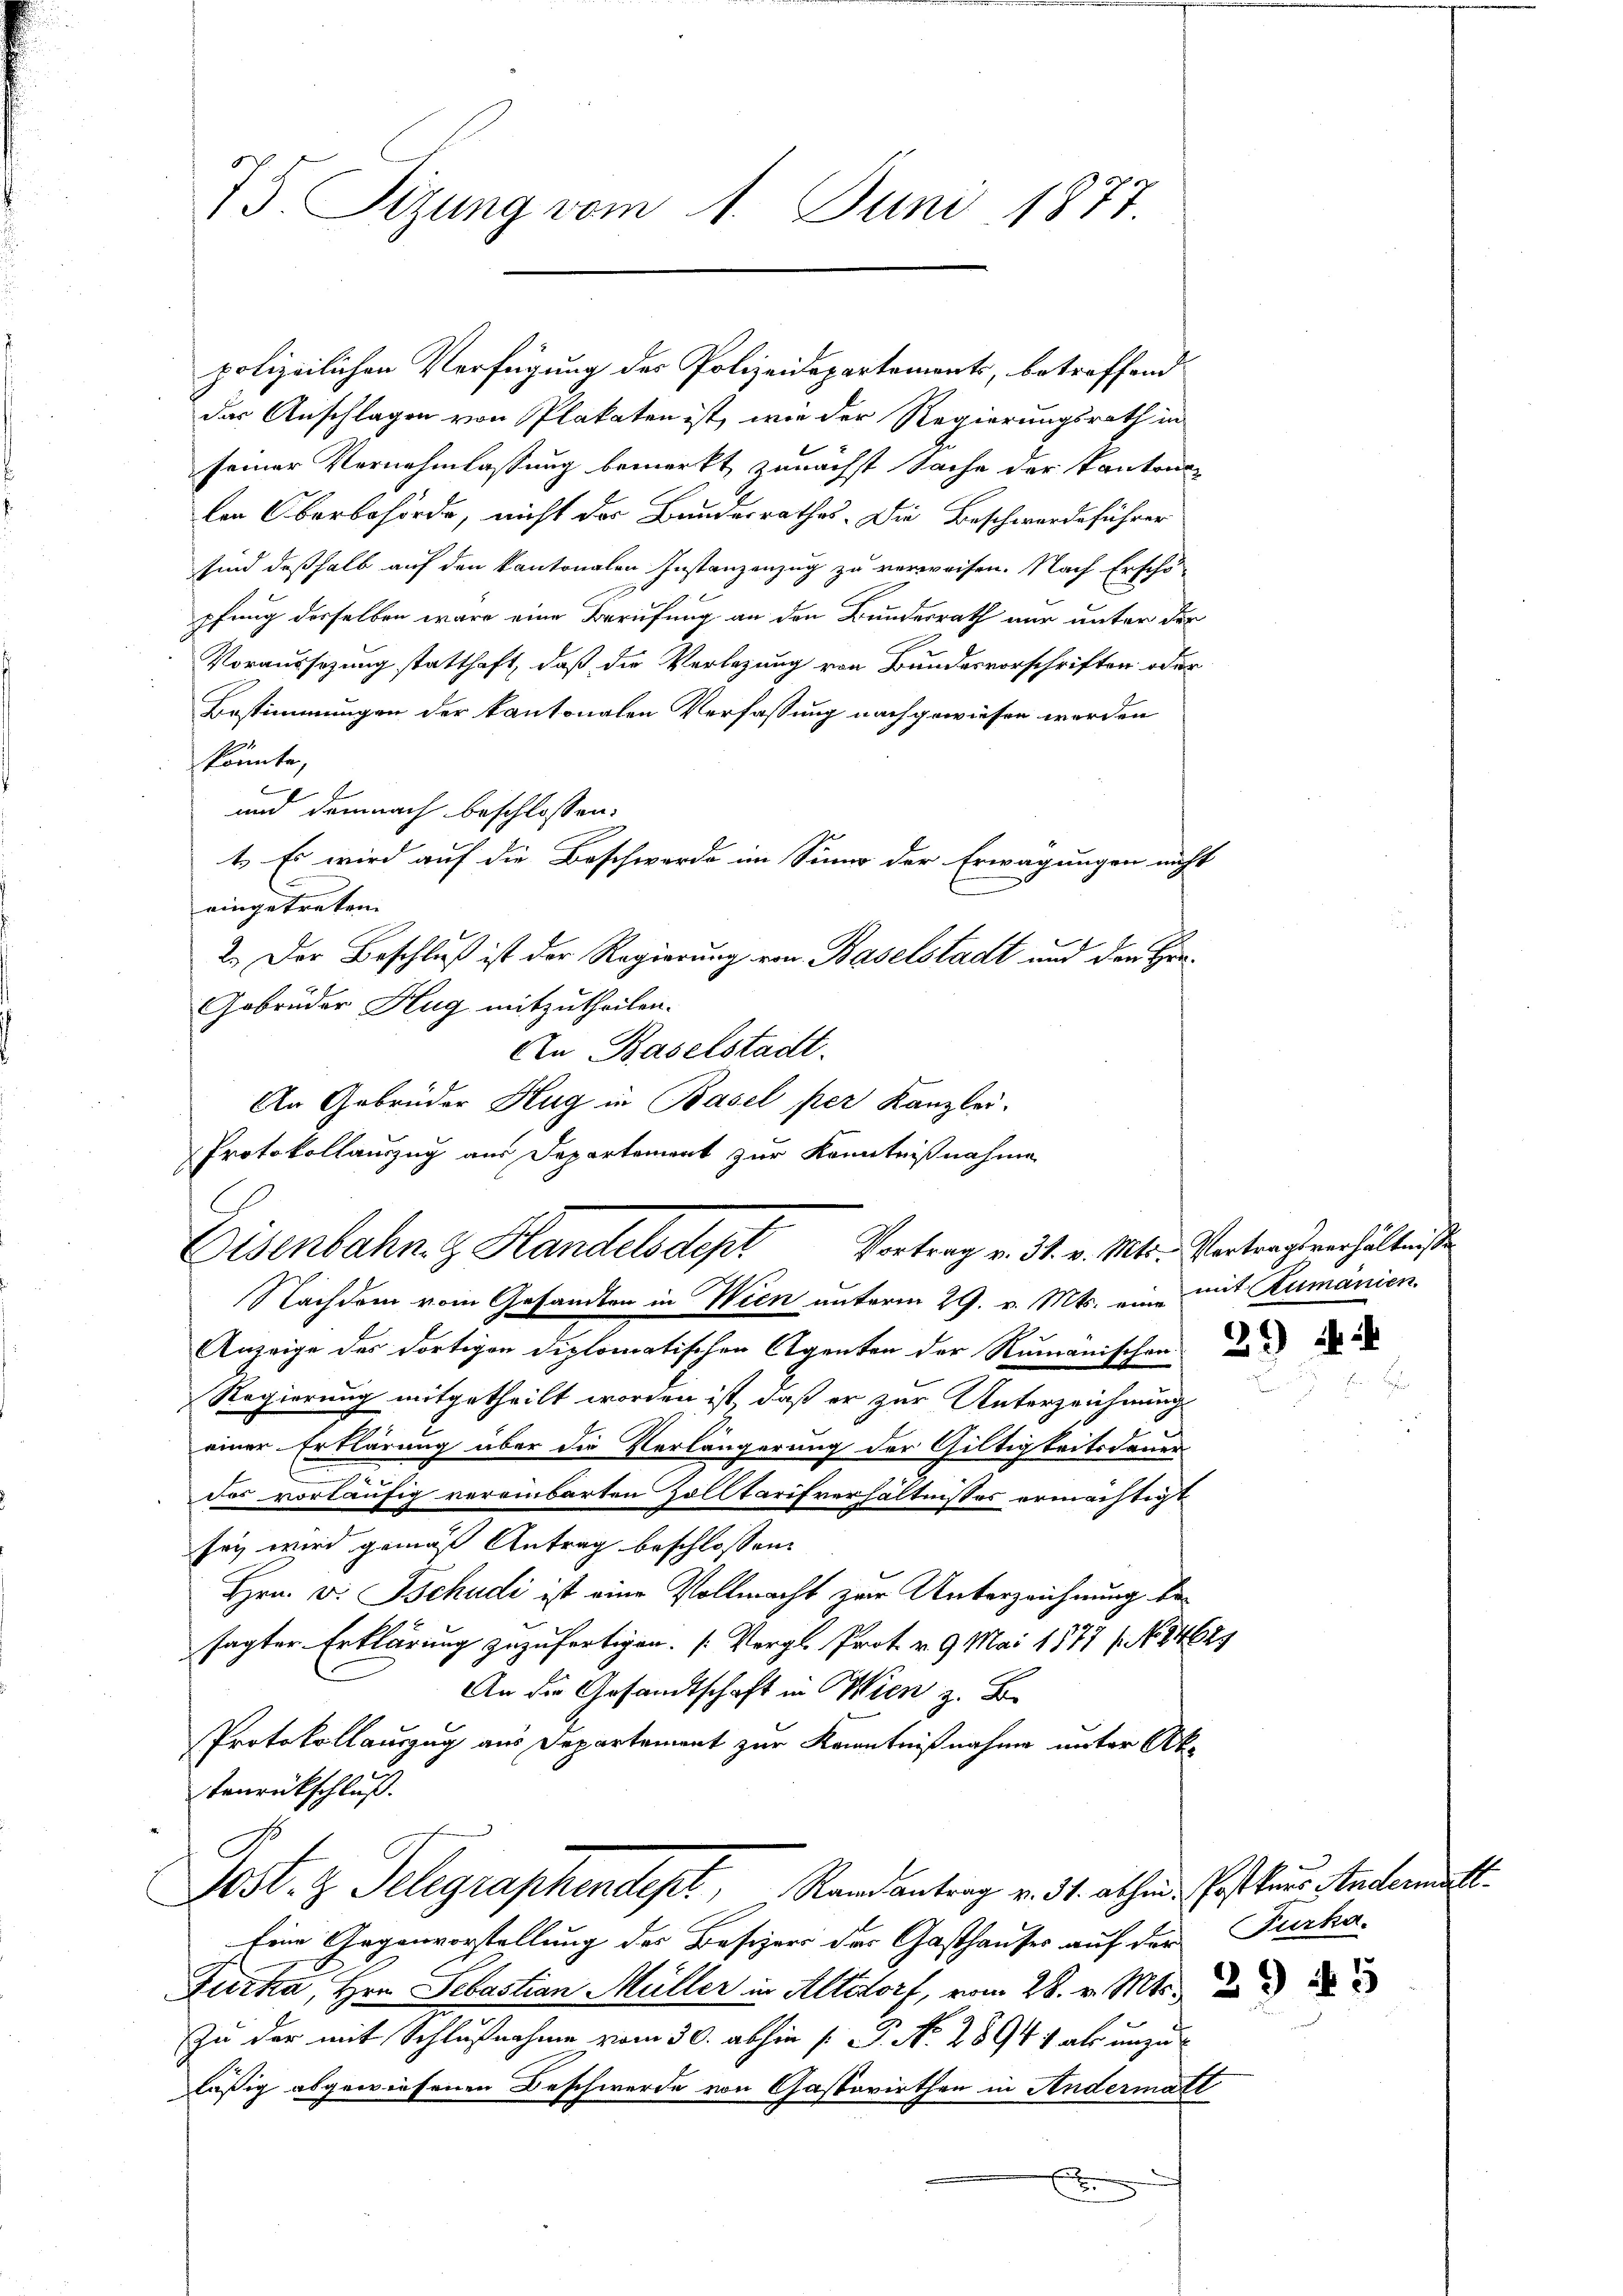
75. Sizung vom 1. Juni 1877.

polizeilichen Verfügung des Polizeidepartements, betreffend
der Anschlagen von Plakaten ist, wie der Regierungsrath in
seiner Vernehmlassung bemerkt zunächst Sache der Kantonen
len Oberbehörde, nicht der Bundesrathes. Die Beschwerdeführer
sind deßhalb auf den kantonalen Instanzenzug zu verweisen. Nach Erschö-
pfung derselben wäre eine Berufung an den Bundesrath nur unter der
Voraussizung statthaft, daß die Verlegung von Bundesvorschriften oder
Bestimmungen der kantonalen Verfassung nachgewiesen worden
könnte,
6
und demnach beschlossen:
t. Es wird auf die Beschwerde im Sinne der Erwägungen nicht
eingetreten. |
2.) Der Beschluß ist der Regierung von Baselstadt und den Hra¬
Gebrüder Hug mitzutheilen.
An Baselstadt.
Nachdem vom Gesandten in Wien unterm 29. v. Mts. eine mit Rumänien
Anzeige des dortigen diplomatischen Agenten der Rumänischen
Regierung mitgetheilt worden ist, daß er zur Unterzeichnung
einer Erklärung über die Verlängerung der Gültigkeitsdauer
des vorläufig vereinbarten Zolltarifverhältnisses ermächtigt
sey wird gemäß Antrag beschlossen:
Hrn. v. Tschudi ist eine Vollmacht zur Unterzeichnung besagter Erklärung zuzufertigen. (Vergl. Prot. v. 9. Mai 1877 (84625
An die Gesandtschaft in Wien z. B.
Protokollauszug aus Departement zur Kenntnißnahme unter Ak
Tenrückschluß.
Post. z. Telegraphendept, Randantrag v. 31. abhen Gasthaus Stacker
Eine Gegenvorstellung des Besizers der Gasthauses auf der Furha-
Furka, Hrn. Sebastian Müller in Altdorf, vom 28. v. Mts.
Zu der mit Schlußnahme vom 30. abhin  P. N. 28941 als unzuläßig abgewiesenen Beschwerde von Gastwirthen in Andermatt

Eisenbahn. z. Handels depr

An Gebrüder Hug in Basel per Kanzlei.
Protokollauszug aus Departement zur Kenntnißnahme
Vortrag v. 31. v. Mts. Vertragsverhältnisse

29) Mi

1